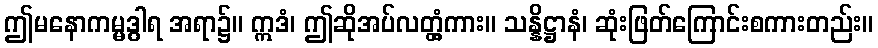
ဤမနောကမ္မဒွါရ အရာ၌။ ဣဒံ၊ ဤဆိုအပ်လတ္တံ့ကား။ သန္နိဋ္ဌာနံ၊ ဆုံးဖြတ်ကြောင်းစကားတည်း။